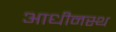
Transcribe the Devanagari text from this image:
आधीनस्थ